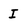
Character: I